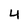
Character: 4